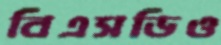
বিএসডিও